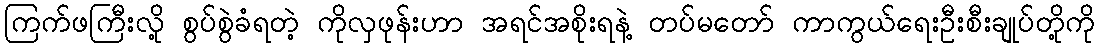
ကြက်ဖကြီးလို့ စွပ်စွဲခံရတဲ့ ကိုလှဖုန်းဟာ အရင်အစိုးရနဲ့ တပ်မတော် ကာကွယ်ရေးဦးစီးချုပ်တို့ကို